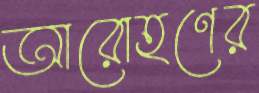
আরোহণের